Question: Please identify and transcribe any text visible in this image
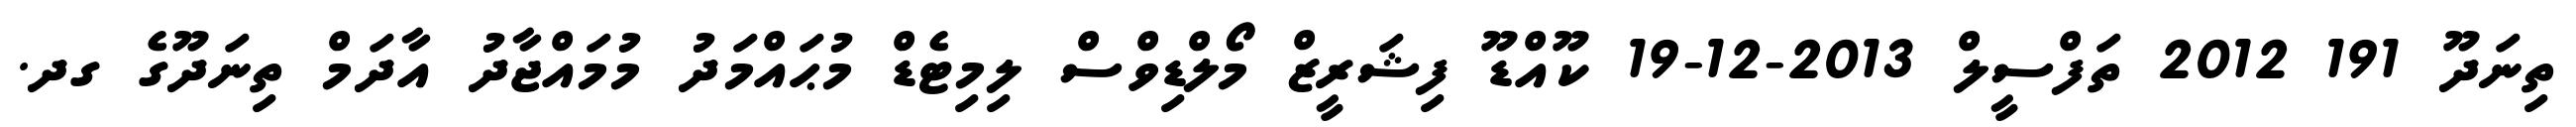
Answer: ތިނަދޫ 191 2012 ތަފްސީލް 2013-12-19 ކޫއްޑޫ ފިޝަރީޒް މޯލްޑިވްސް ލިމިޓެޑް މުޙައްމަދު މުމައްޖާދު އާދަމް ތިނަދޫގެ ގދ.